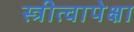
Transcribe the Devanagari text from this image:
स्त्रीत्वापेक्षा